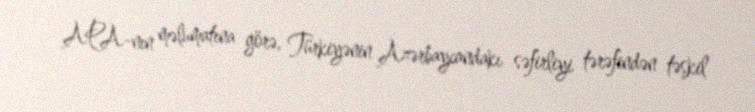
APA-nın məlumatına görə, Türkiyənin Azərbaycandakı səfirliyi tərəfindən təşkil